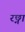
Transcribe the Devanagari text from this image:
रछ्ना